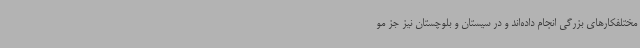
مختلفکارهای بزرگی انجام داده‌اند و در سیستان و بلوچستان نیز جز مو